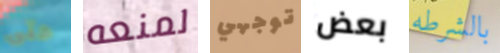
حتى لمنعه توجهي بعض بالشرطه